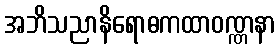
အဘိသညာနိရောဓကထာဝဏ္ဏနာ